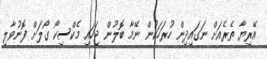
އޭރިޔާ ތެރެއަށް ނަގައިދިން ހުރަހަކުން ނޭމާ ބޮލުން ޖަހައި މެކްސިކޯ ގޯލަށް ފޮނުވާލި